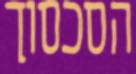
הסכסוך